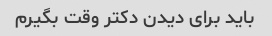
باید برای دیدن دکتر وقت بگیرم